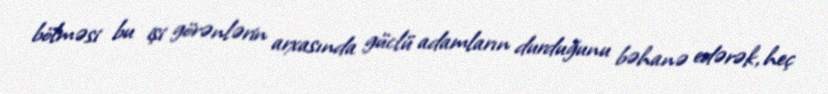
bölməsi bu işi görənlərin arxasında güclü adamların durduğunu bəhanə edərək, heç